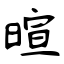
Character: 暄